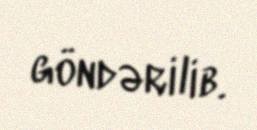
göndərilib.